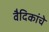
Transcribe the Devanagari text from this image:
वैदिकांचे